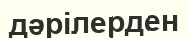
дәрілерден